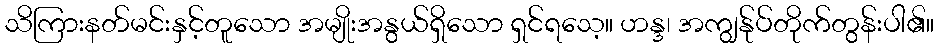
သိကြားနတ်မင်းနှင့်တူသော အမျိုးအနွယ်ရှိသော ရှင်ရသေ့။ ဟန္ဒ၊ အကျွန်ုပ်တိုက်တွန်းပါ၏။